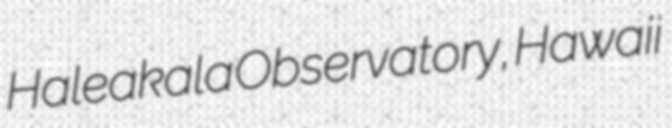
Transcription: Haleakala Observatory, Hawaii